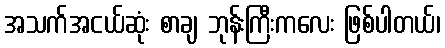
အသက်အငယ်ဆုံး စာချ ဘုန်းကြီးကလေး ဖြစ်ပါတယ်၊